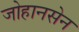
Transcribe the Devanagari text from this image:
जोहानसेन